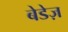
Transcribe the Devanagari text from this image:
बेडेज़